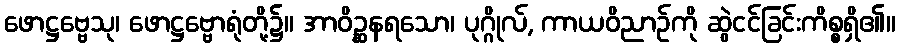
ဖောဋ္ဌဗ္ဗေသု၊ ဖောဋ္ဌဗ္ဗောရုံတို့၌။ အာဝိဉ္ဆနရသော၊ ပုဂ္ဂိုလ်, ကာယဝိညာဉ်ကို ဆွဲငင်ခြင်းကိစ္စရှိ၏။